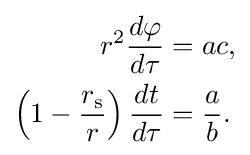
{\begin{aligned}r^{2}{\frac {d\varphi }{d\tau }}&=ac,\\\left(1-{\frac {r_{\text{s}}}{r}}\right){\frac {dt}{d\tau }}&={\frac {a}{b}}.\end{aligned}}